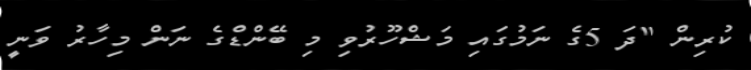
ކުރިން "ދަ 5ގެ ނަމުގައި މަޝްހޫރުވި މި ބޭންޑްގެ ނަން މިހާރު ވަނީ